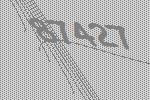
87427